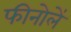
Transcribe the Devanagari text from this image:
फीनोलें